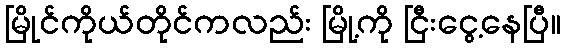
မြိုင်ကိုယ်တိုင်ကလည်း မြို့ကို ငြီးငွေ့နေပြီ။